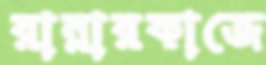
রান্নারকাজে